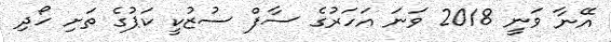
އޭނާ ވަނީ 2018 ވަނަ އަހަރުގެ ސާފް ސުޒުކީ ކަޕުގެ ތަށި ހޯދި